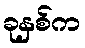
ခုနှစ်က